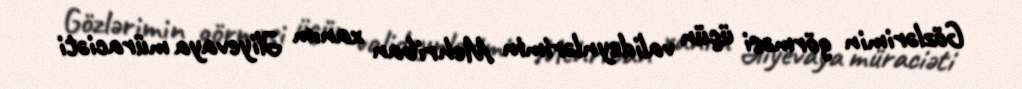
Gözlərimin görməsi üçün valideynlərimin Mehriban xanım Əliyevaya müraciəti